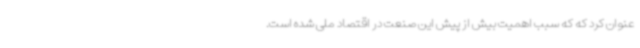
عنوان کرد که که سبب اهمیت بیش از پیش این صنعت در اقتصاد ملی شده است.